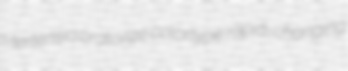
Mertensia oratorize colortype rapid-changing